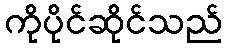
ကိုပိုင်ဆိုင်သည်